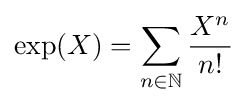
\exp(X)=\sum _{n\in \mathbb {N} }{\frac {X^{n}}{n!}}